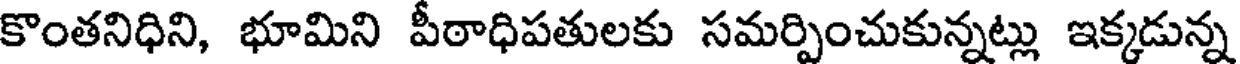
కొంతనిధిని, భూమిని పీఠాధిపతులకు సమర్పించుకున్నట్లు ఇక్కడున్న